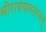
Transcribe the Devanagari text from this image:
श्रीराघवावतरणम्